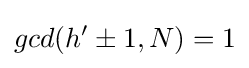
gcd(h'\pm 1,N)=1